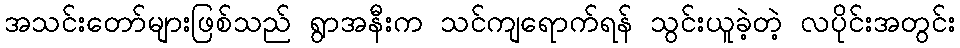
အသင်းတော်များဖြစ်သည် ရွာအနီးက သင်ကျရောက်ရန် သွင်းယူခဲ့တဲ့ လပိုင်းအတွင်း